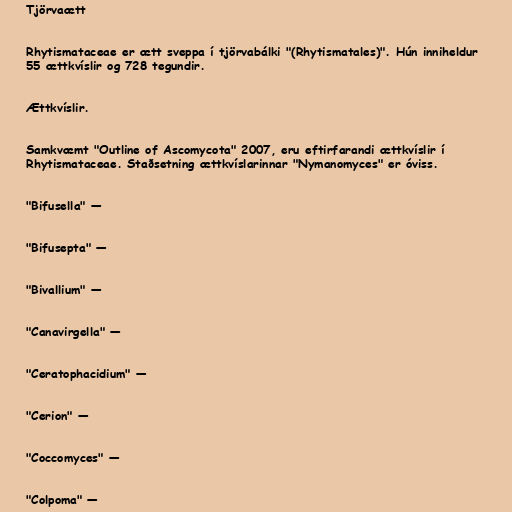
Tjörvaætt

Rhytismataceae er ætt sveppa í tjörvabálki "(Rhytismatales)". Hún inniheldur
55 ættkvíslir og 728 tegundir.

Ættkvíslir.

Samkvæmt "Outline of Ascomycota" 2007, eru eftirfarandi ættkvíslir í
Rhytismataceae. Staðsetning ættkvíslarinnar "Nymanomyces" er óviss.

"Bifusella" —

"Bifusepta" —

"Bivallium" —

"Canavirgella" —

"Ceratophacidium" —

"Cerion" —

"Coccomyces" —

"Colpoma" —